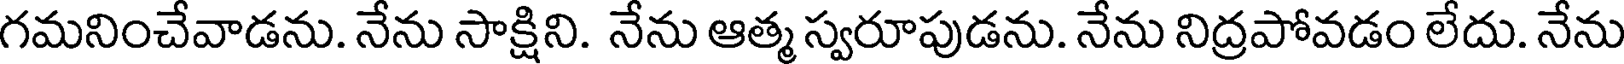
గమనించేవాడను. నేను సాక్షిని. నేను ఆత్మ స్వరూపుడను. నేను నిద్రపోవడం లేదు. నేను